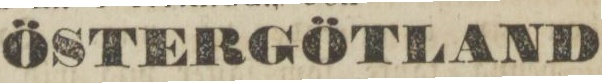
ÖSTERGÖTLAND